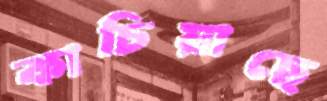
কাচিয়াছে